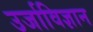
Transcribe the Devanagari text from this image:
उर्जाविज्ञान